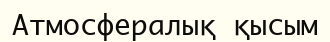
Атмосфералық қысым